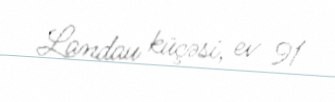
Landau küçəsi, ev 91